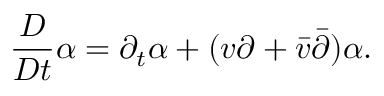
\frac { D } { D t } \alpha = \partial _ { t } \alpha + ( v \partial + \bar { v } \bar { \partial } ) \alpha .